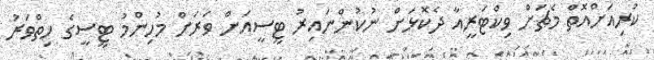
ކުރިއަށްއޮތް މެޗަށް ވިކްޓަރީއާ ދެކޮޅަށް ނުކުންނައިރު ޓީސީއަށް ވަރަށް މުހިންމު ޓީސީގެ ހިތްވަރު